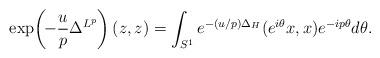
LaTeX: \begin{align*} \exp\!\left(\!- \frac{u}{p} \Delta^{L^p}\right) (z,z)= \int_{S^1}e^{-(u/p) \Delta_H} (e^{i \theta} x, x) e^{- i p \theta} d\theta. \end{align*}